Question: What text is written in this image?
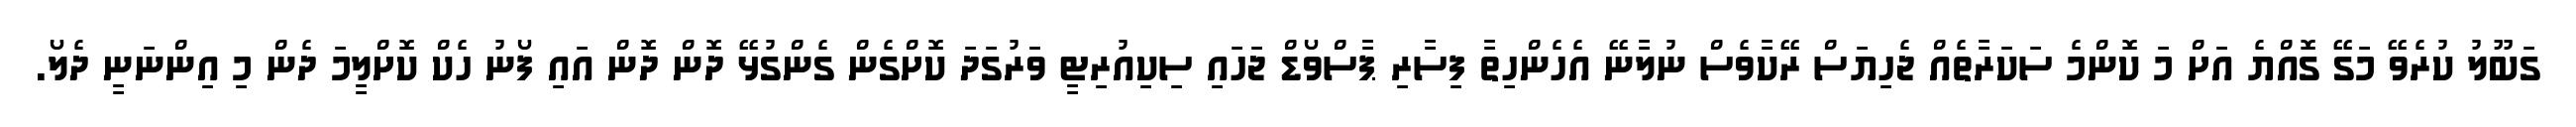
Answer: ގަބޫލު ކުރެވޭ މަގޭ ގޮއްޔެ އަށް މަ ކޮންމެ ސަކަރާތެއް ޖެހިޔަސް ރޭކާވެސް ނުލާނޭ އެހެންހިތާ ފިސާރި ޕާސްވޯޑް ޖަހައި ސިކިއުރިޓީ ވަރުގަދަ ކޮށްގެން ގެންގުޅޭ ދޮން ދޮން އައި ފޯނު ހެކް ކޮށްލީމަ ދެން މި އިންނަނީ ދެލޯ.